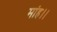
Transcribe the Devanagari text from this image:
मांह।।